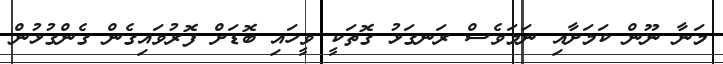
މަނާ ނޫން ކަމަށާއި ނަމަވެސް ރަނގަޅު ގޮތަކީ ވީހައި ބޮޑަށް ފޮރުވައިގެން ގެންގުޅުން